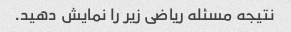
نتیجه مسئله ریاضی زیر را نمایش دهید.